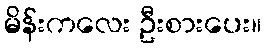
မိန်းကလေး ဦးစားပေး။